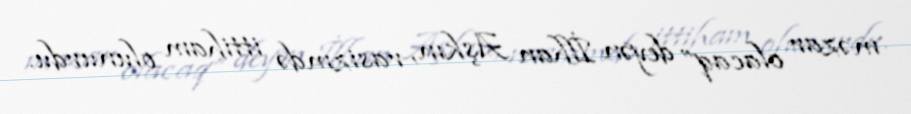
məzar olacaq” deyən İlhan Aşkın, rasizmdə ittiham olunurdu.